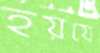
হয়যে